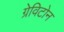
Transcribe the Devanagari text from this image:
ग्रेविटोन